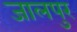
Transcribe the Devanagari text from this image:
जालपुर